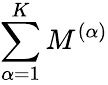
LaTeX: \sum_{\alpha=1}^{K}M^{(\alpha)}